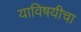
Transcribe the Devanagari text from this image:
याविषयीचा